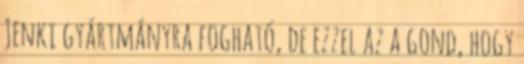
Jenki gyártmányra fogható, de ezzel az a gond, hogy